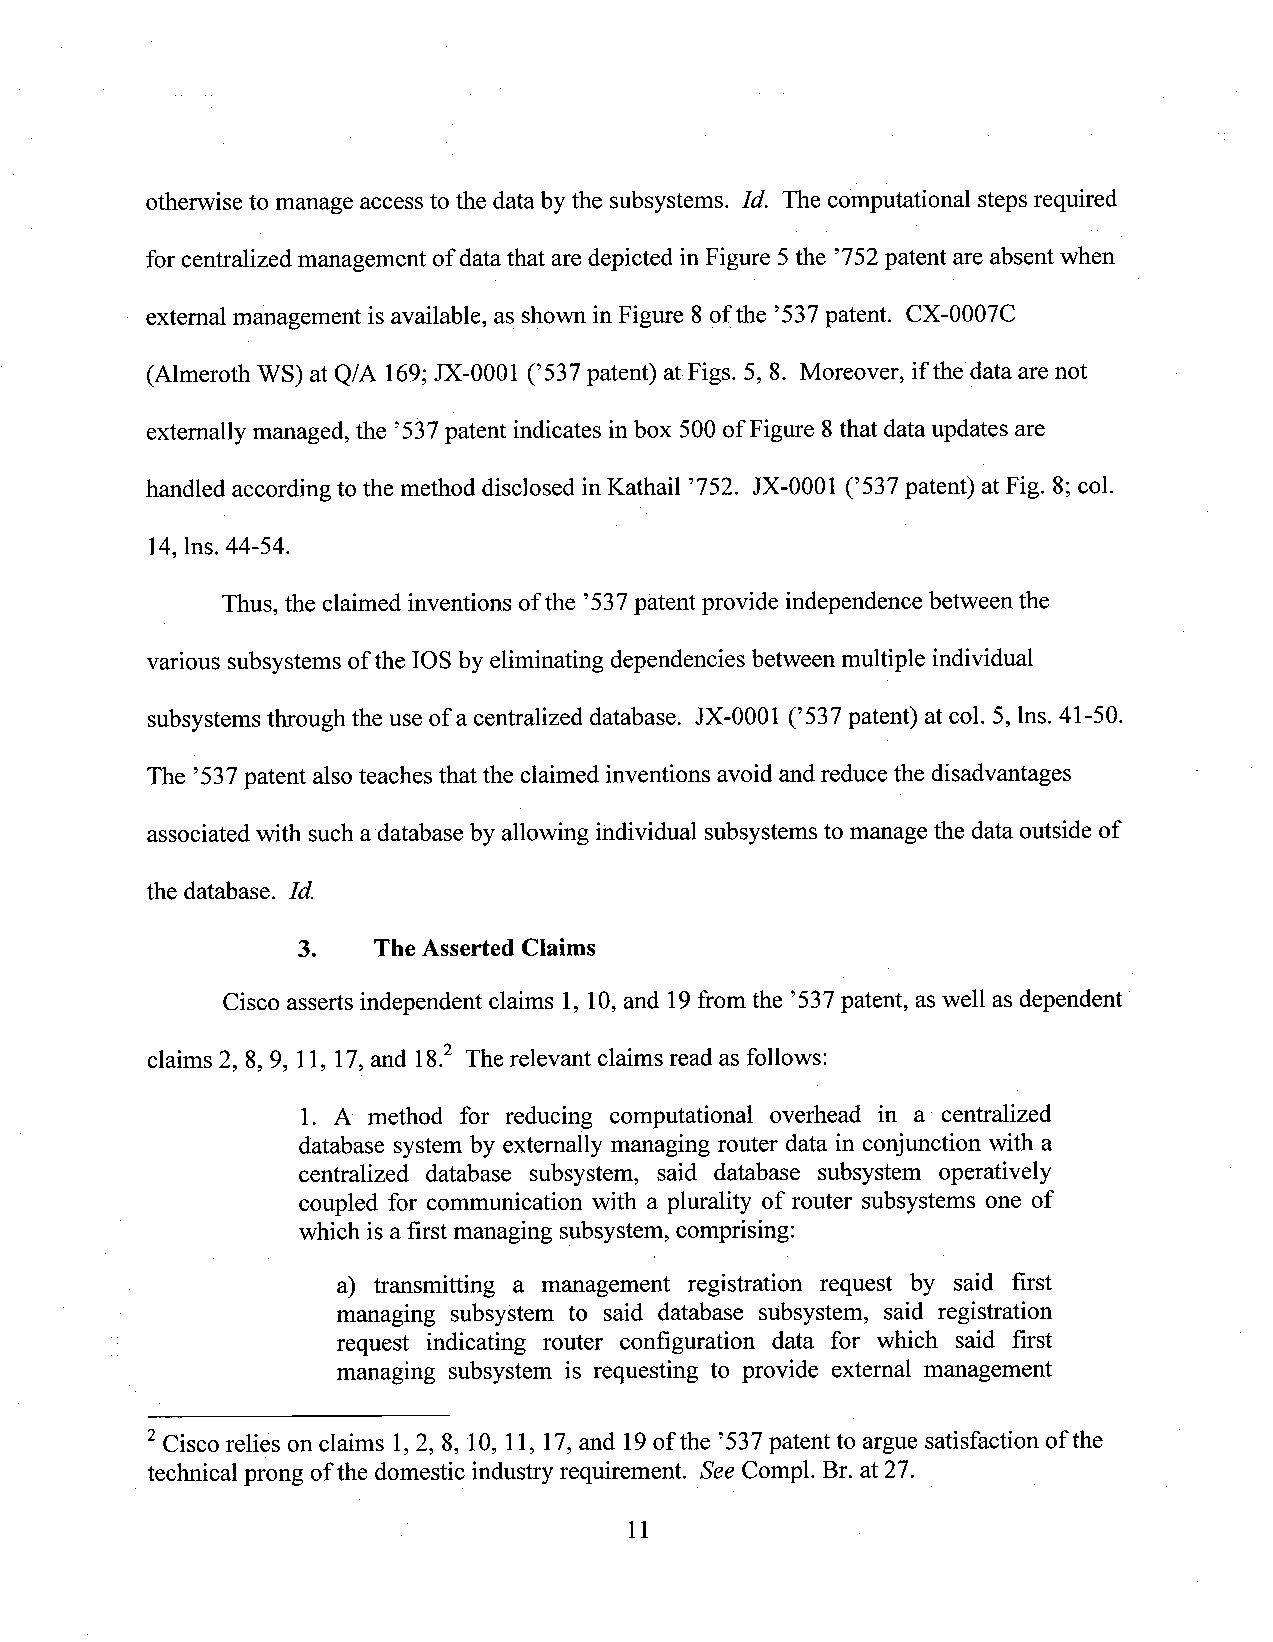
otherwise to manage access to the data by the subsystems. Id. The computational steps required
 for centralized management of data that are depicted in Figure 5the ’752patent are absent when
 external management isavailable, as shown inFigure 8 ofthe ’537patent. CX-0007C
 (Almeroth WS) at Q/A 169;JX-0001 (’537 patent) at-Figs. 5, 8. Moreover, if the data are not
 externally managed, the ’537patent indicates in box 500 ofFigure 8that data updates are
 handled according to the method disclosed inKathail ’752. JX-0001 (’537 patent) at Fig. 8;col.
 14,lns. 44-54.
 Thus, the claimed inventions ofthe ’537patent provide independence between the
 various subsystems ofthe IOSby eliminating dependencies between multiple individual
 subsystems through the use of a centralized database. JX-0001 (’537 patent) at col. 5, lns. 41-50.
 The ’537patent alsoteaches that the claimed inventions avoid andreduce the disadvantages
 associated with such a database by allowing individual subsystems to manage the data outside of
 the database. Id.
 3.   The Asserted Claims
 Cisco asserts independent claims 1, 10,and 19from the ’537patent, aswell as dependent
 claims 2, 8, 9, 11, 17,and 18.2 The relevant claims read as follows:
 l. A method for reducing computational overhead in a centralized
 database system by extemally managing router data in conjunction with a
 centralized database subsystem, said database subsystem operatively
 coupled for communication with a plurality of router subsystems one of
 which is afirst managing subsystem, comprising:
 a) transmitting a management registration request .by said first
 managing subsystem to said database subsystem, said registration
 request indicating router configuration data for which said first
 managing subsystem is requesting to provide external management
 2Cisco relies on claims 1,2, 8, 10, ll, 17,and 19of the ’537patent to argue satisfaction of the
 technical prong ofthe domestic industry requirement. See Compl. Br. at 27. _
 11